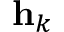
{ \bf h } _ { k }